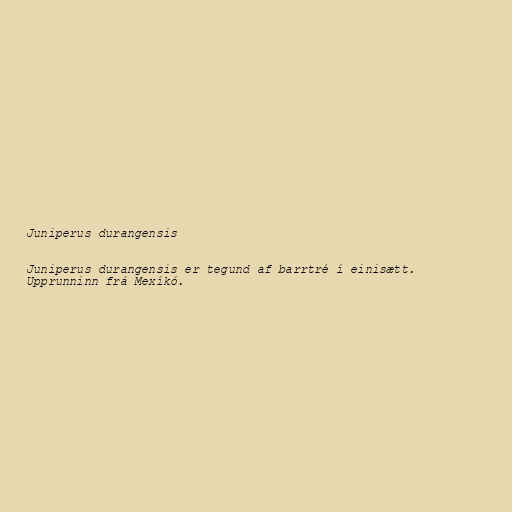
Juniperus durangensis

Juniperus durangensis er tegund af barrtré í einisætt.
Upprunninn frá Mexíkó.